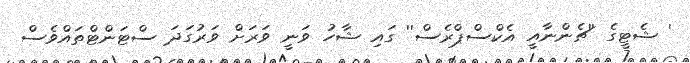
' ޝެޓީގެ ''ޗެންނާއީ އެކްސްޕްރެސް'' ގައި ޝާހު ވަނީ ވަރަށް ވަރުގަދަ ސްޓަންޓްތައްވެސް